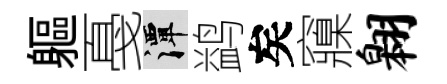
軀戞潭鹢矣䆿翱